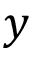
y